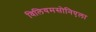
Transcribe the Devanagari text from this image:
विलियमसोनिएला